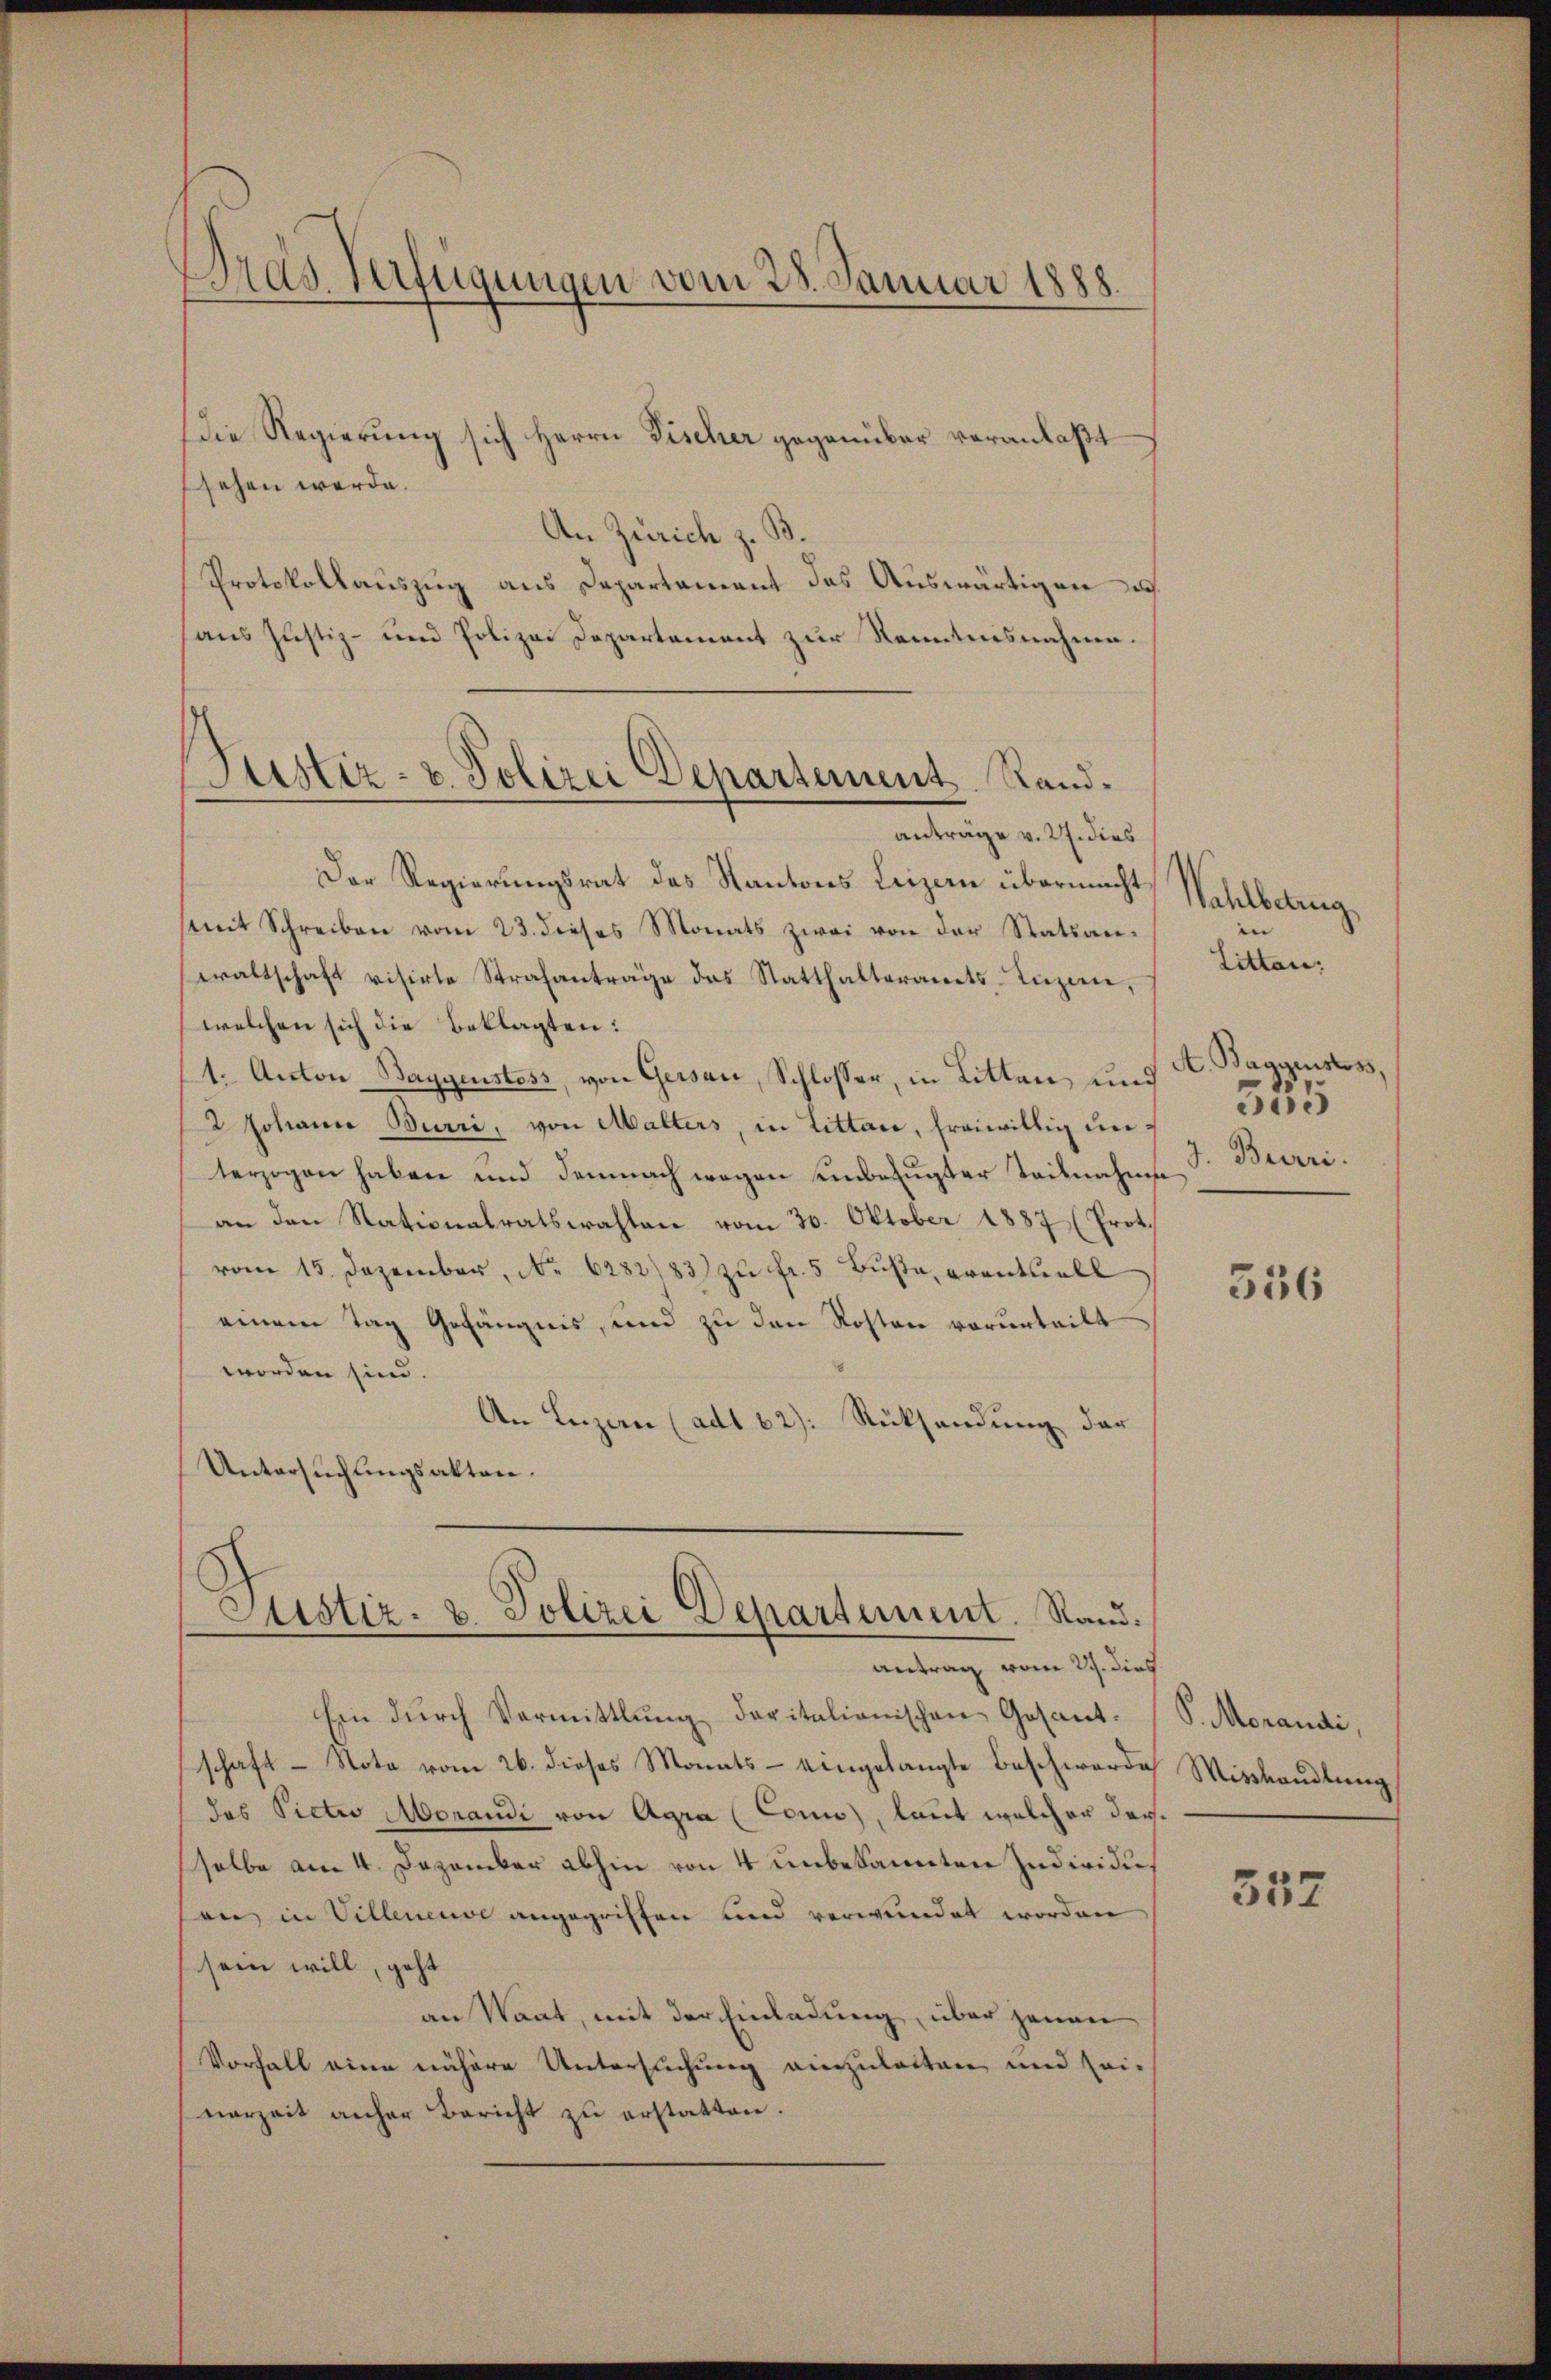
Dras Verfügungen vom 28. Januar 1888.

Die Regierung sich Herrn Fischer gegenüber veranlaßt –
sehen werde.
An Zürich z. B.
Protokollauszug aus Departement des Auswärtigen u.
haus Justiz- und Polizei Departement zur Kenntnisnahme.
anträge v. 2. dies
Der Regierungsrat des Kantons Luzern übermacht
(mit Schreiben vom 23. dieses Monats zwei von der Statsan-
waltschaft visirte Strafanträge des Statthalteramts-Inzien,
(welchen sich die Beklagten:
1. Autore Baygenstoss, von Gersau, Schlosser, in Litten, und
2 Johann Burri, von Malters, in Litten, freiwillig unterzogen haben und demnach wegen einbefugter Teilnahme Burrian den Stationalratswahlen vom 30. Oktober 1887 (Prot.
vom 15. Dezember, No. 6282/83 zŭ fr. 5 Bŭβe eventuell
einem Tag Gefängnis, und zu den Kosten verurteilt
worden sind.
An Luzan (ad1. 62): Rücksendung der
Untersuchungsakten.
Justiz- u. Polizei Departement. Rand.

ustiz- u. Polizei Departement Rand¬

antrag vom 29. dies

hin dŭrch Vermittlung daritalionischen Gesant. (S. Morandi,
schaft - Nota vom 26. dieses Monats- eingelangte Beschwerde Misshandlung
das Pictio Morandi von Agra (Coui), laut welcher derselbe am 4. Dezember abhin von 4 unbekannten Individu
an in Villeneuve angegriffen und verwundet worden
sein will, geht
an Waat, mit der Einladung, über jenen
Vorhalt eine nähere Untersuchung einzuleiten und seinerzeit anher Bericht zu erstatten.

Wahlbarung
n
Litten,
A. Baggenstoss,
335

336

557